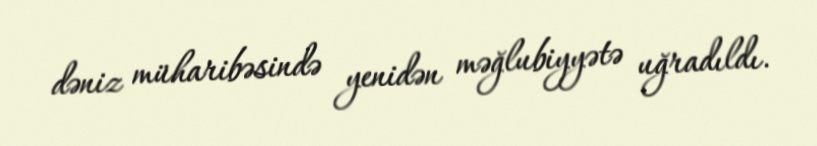
dəniz müharibəsində yenidən məğlubiyyətə uğradıldı.